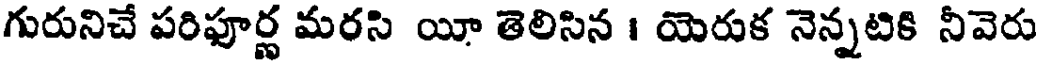
గురునిచే పరిపూర్ణ మరసి యీ తెలిసిన । యెరుక నెన్నటికి నీవెరు